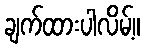
ချက်ထားပါလိမ့်။